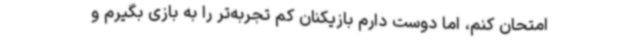
امتحان کنم، اما دوست دارم بازیکنان کم تجربه‌تر را به بازی بگیرم و